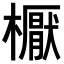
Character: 𣝓